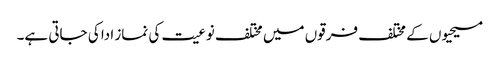
مسیحیوں کے مختلف فرقوں میں مختلف نوعیت کی نماز ادا کی جاتی ہے۔